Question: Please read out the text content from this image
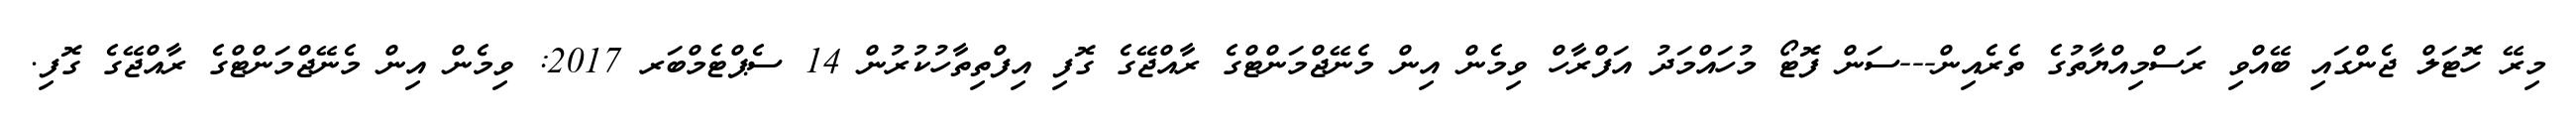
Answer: މިރޭ ހޮޓަލް ޖެންގައި ބޭއްވި ރަސްމިއްޔާތުގެ ތެރެއިން---ސަން ފޮޓޯ މުހައްމަދު އަފްރާހް ވިމެން އިން މެނޭޖްމަންޓްގެ ރާއްޖޭގެ ގޮފި އިފްތިތާހުކުރުން 14 ސެޕްޓެމްބަރ 2017: ވިމެން އިން މެނޭޖްމަންޓްގެ ރާއްޖޭގެ ގޮފި.